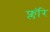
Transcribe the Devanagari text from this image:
फ्लॉरे